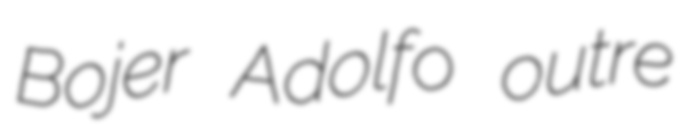
Bojer Adolfo outre